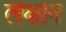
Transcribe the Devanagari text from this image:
लक्षान